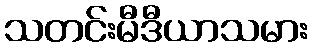
သတင်းမီဒီယာသမား